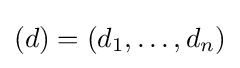
(d)=(d_{1},\ldots ,d_{n})